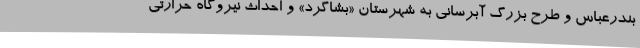
بندرعباس و طرح بزرگ آبرسانی به شهرستان «بشاگرد» و احداث نیروگاه حرارتی